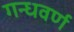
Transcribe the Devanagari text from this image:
गन्धवर्ण